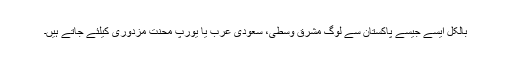
بالکل ایسے جیسے پاکستان سے لوگ مشرق وسطی، سعودی عرب یا یورپ محنت مزدوری کیلئے جاتے ہیں۔